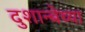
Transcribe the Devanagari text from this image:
दुशान्बेच्या